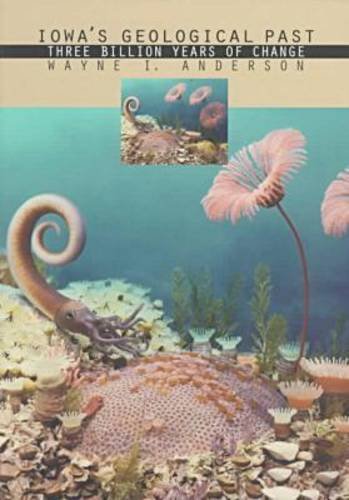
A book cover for Iowa'S Geological Past: Three Billion Years Of Change (Bur Oak Book); Wayne I. Anderson; Sports & Outdoors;